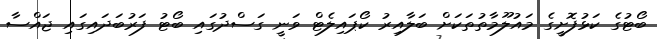
ބޯޓުގެ ކަޅުފޮށީގެ މައުލޫމާތުތަކަށް ބަލާއިރު ކޯޕައިލެޓް ވަނީ ގަސްދުގައި ބޯޓު ފަރުބަދައިގައި ޖައްސާ